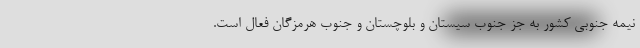
نیمه جنوبی کشور به جز جنوب سیستان و بلوچستان و جنوب هرمزگان فعال است.